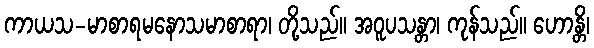
ကာယသ-မာစာရမနောသမာစာရာ၊ တို့သည်။ အဝူပသန္တာ၊ ကုန်သည်။ ဟောန္တိ၊